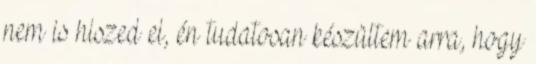
nem is hiszed el, én tudatosan készültem arra, hogy